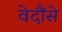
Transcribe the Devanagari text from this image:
वेदौंसे